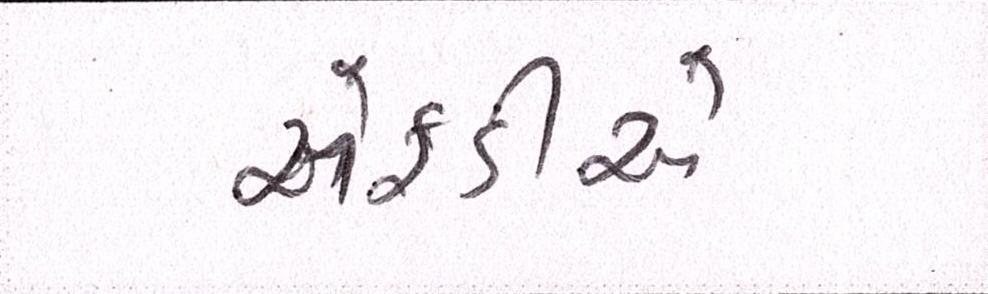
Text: એફડીએ